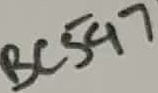
Text: BC547